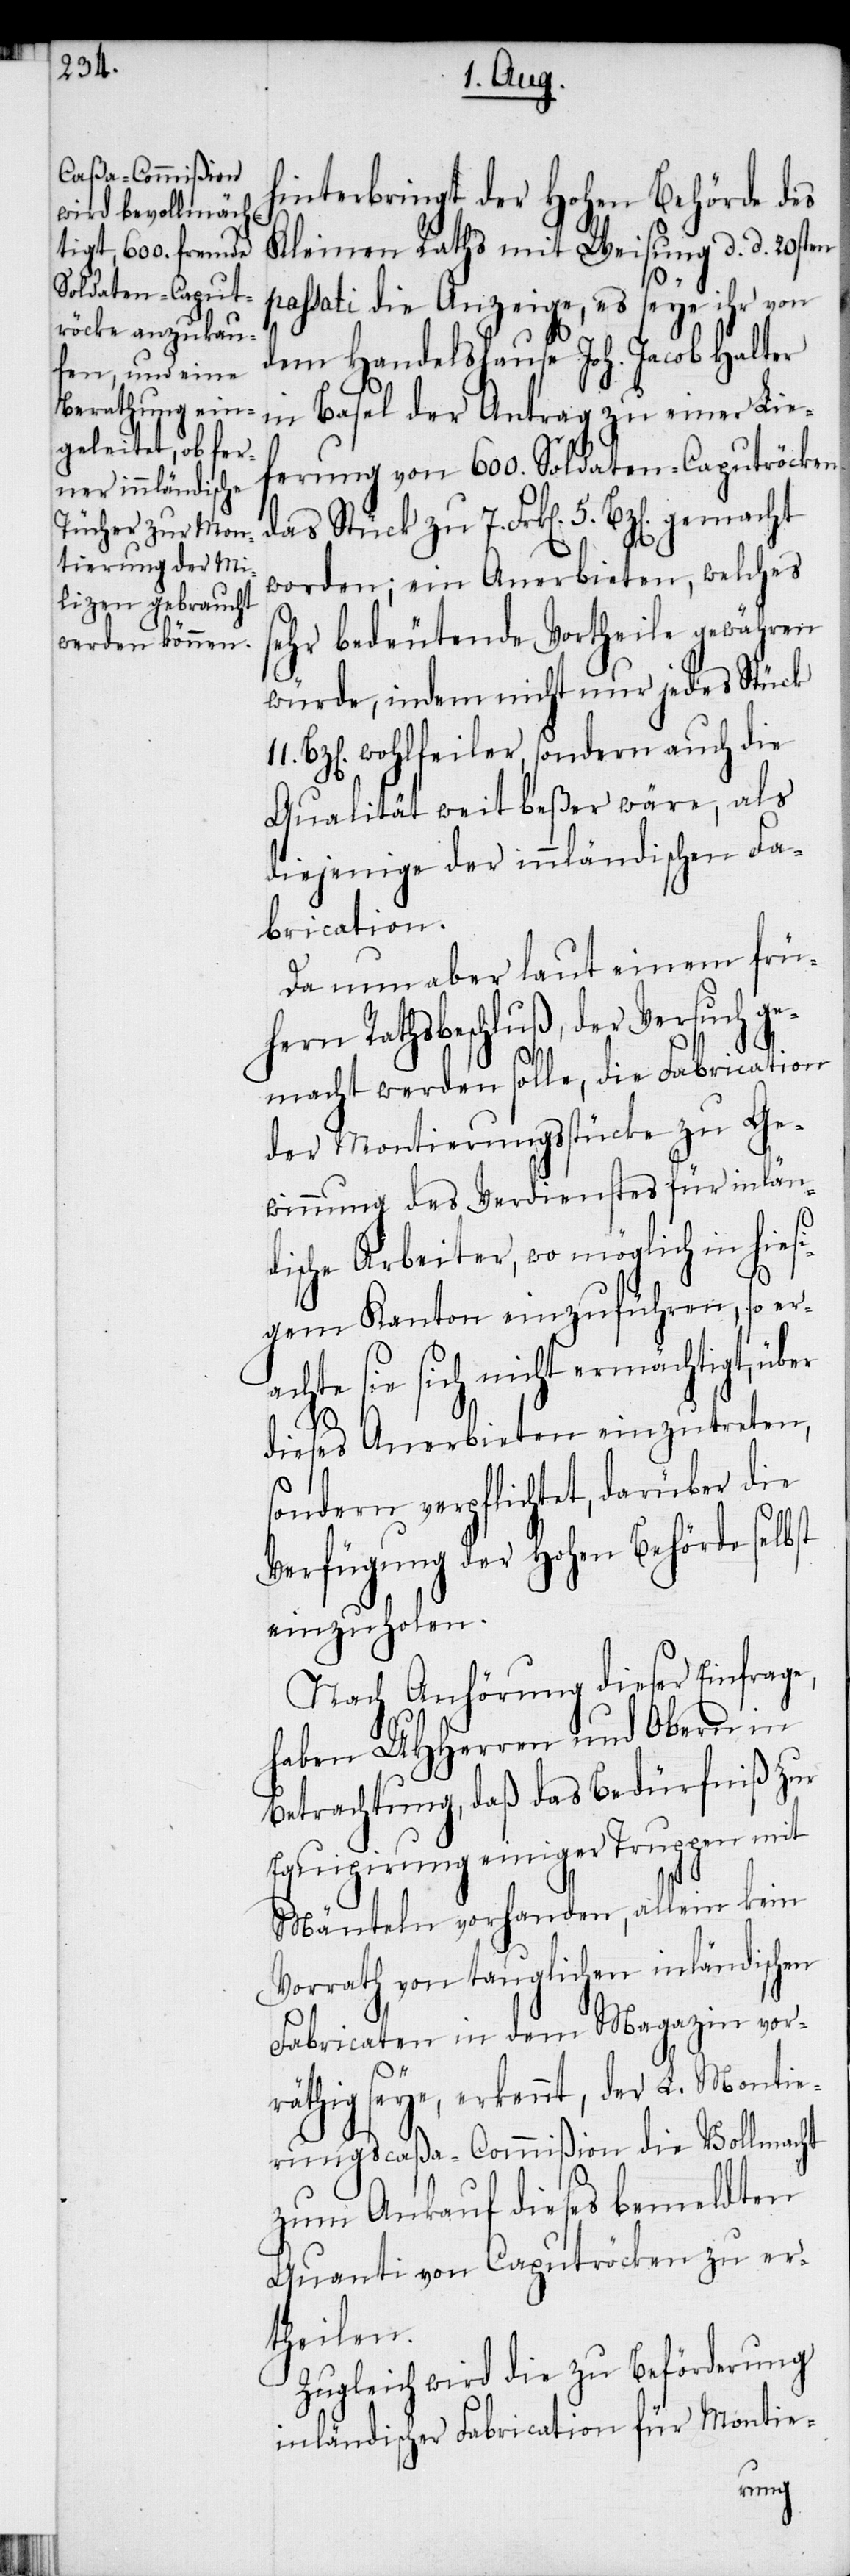
hinterbringt der Hohen Behörde des
Kleinen Raths mit Weisung d. d. 20sten
bst
passati die Anzeige, es seye ihr von
dem Handelshause Joh. Jacob Halter
in Basel der Antrag zu einer Lie¬
ferung von 600. Soldaten-Caputröcken
das Stück zu 7. Frk[en]. 5. Bz[en].
worden; ein Anerbieten, welches
sehr bedeutende Vortheile gewähren
würde, indem nicht nur jedes Stück
Bz[en]. wohlfeiler, sondern auch die
Qualität weit beßer wäre, als
diejenige der innländischen Fa¬
brication.
Da nun aber laut einem frü¬
hern Rathsbeschluß, der Versuch ge¬
macht werden solle, die Fabrication
der Montierungsstücke zu Ge¬
winnung des Verdienstes für inlän¬
dische Arbeiter, wo möglich in hie¬
gem Kanton einzuführen, so er¬
achte sie sich nicht ermächtigt, über
dieses Anerbieten einzutreten,
sondern verpflichtet, darüber die
Verfügung der Hohen Behörde sel¬
einzuholen.
Nach Anhörung dieser Einfrage,
haben UHHerren und Obern in
Betrachtung, daß das Bedürfniß zu
Equipirung einiger Truppen mit
Mänteln vorhanden, allein kein
Vorrath von tauglichen inländischen
Fabricaten in dem Magazin vor¬
räthig seye, erkennt, der L. Montie¬
rungscaßa-Commißion die Vollmacht
zum Ankauf dieses bemeldten
Quanti von Caputröcken zu er¬
theilen.
Zugleich wird die zu Beförderung
inländischer Fabrication für Montie-